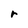
Character: r